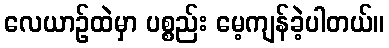
လေယာဉ်ထဲမှာ ပစ္စည်း မေ့ကျန်ခဲ့ပါတယ်။